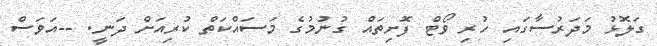
ގަލޮޅު މަދަރުސާގައި ހުރި ވޯޓް ފޮށިތައް ގުނުމުގެ މަސައްކަތް ކުރިއަށް ދަނީ. --އަވަސް